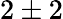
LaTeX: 2\pm 2